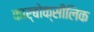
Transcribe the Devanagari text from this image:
कार्बोक्सीलिक